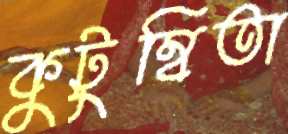
কুটুম্বিতা